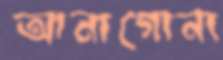
আনাগোনা